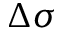
\Delta \sigma